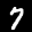
Label: 7